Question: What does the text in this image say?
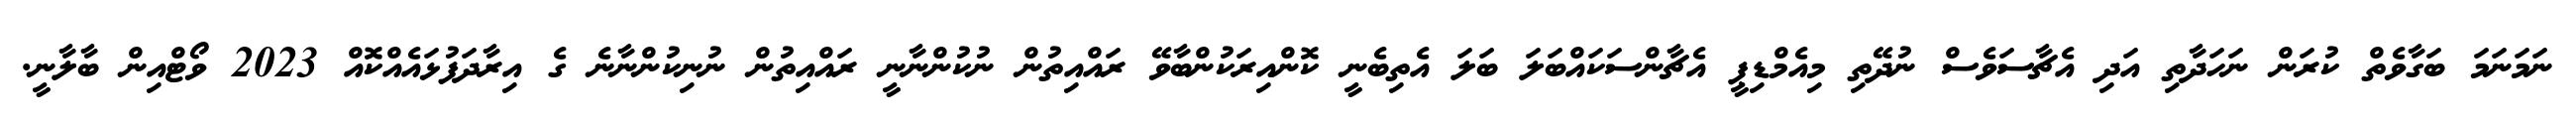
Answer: ނަމަނަމަ ބަގާވެތް ކުރަން ނަހަދާތި އަދި އެޗާސަވެސް ނުދޭތި މިއެމްޑިޕީ އެޗާންސަކައްބަލަ ބަލަ އެތިބެނީ ކޮންއިރަކުންބާވޭ ރައްއިތުން ނުކުންނާނީ ރައްއިތުން ނުނިކުންނާނެ ގެ އިރާދަފުޅައެއްކޮއް 2023 ވޯޓްއިން ބާލާނީ.